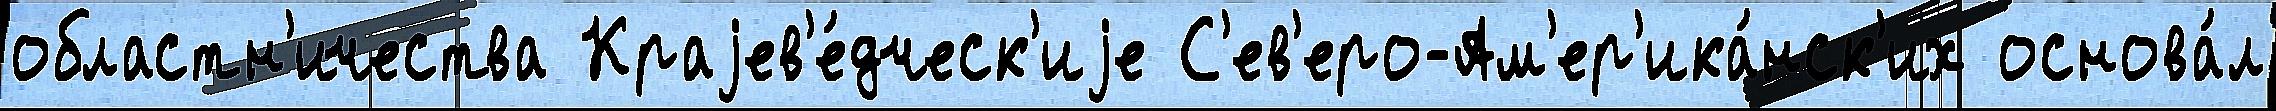
областн'ичества Краjев'е́дческ'иjе С'ев'еро-Ам'ер'ика́нск'их основа́л